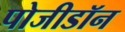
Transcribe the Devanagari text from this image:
पोजीडॉन